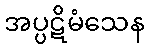
အပ္ပဋိမံသေန